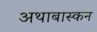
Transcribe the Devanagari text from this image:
अथाबास्कन